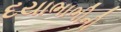
દયાભાભીની